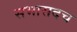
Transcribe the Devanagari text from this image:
सभासदच